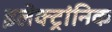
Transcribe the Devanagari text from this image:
इलेक्ट्रांनिक